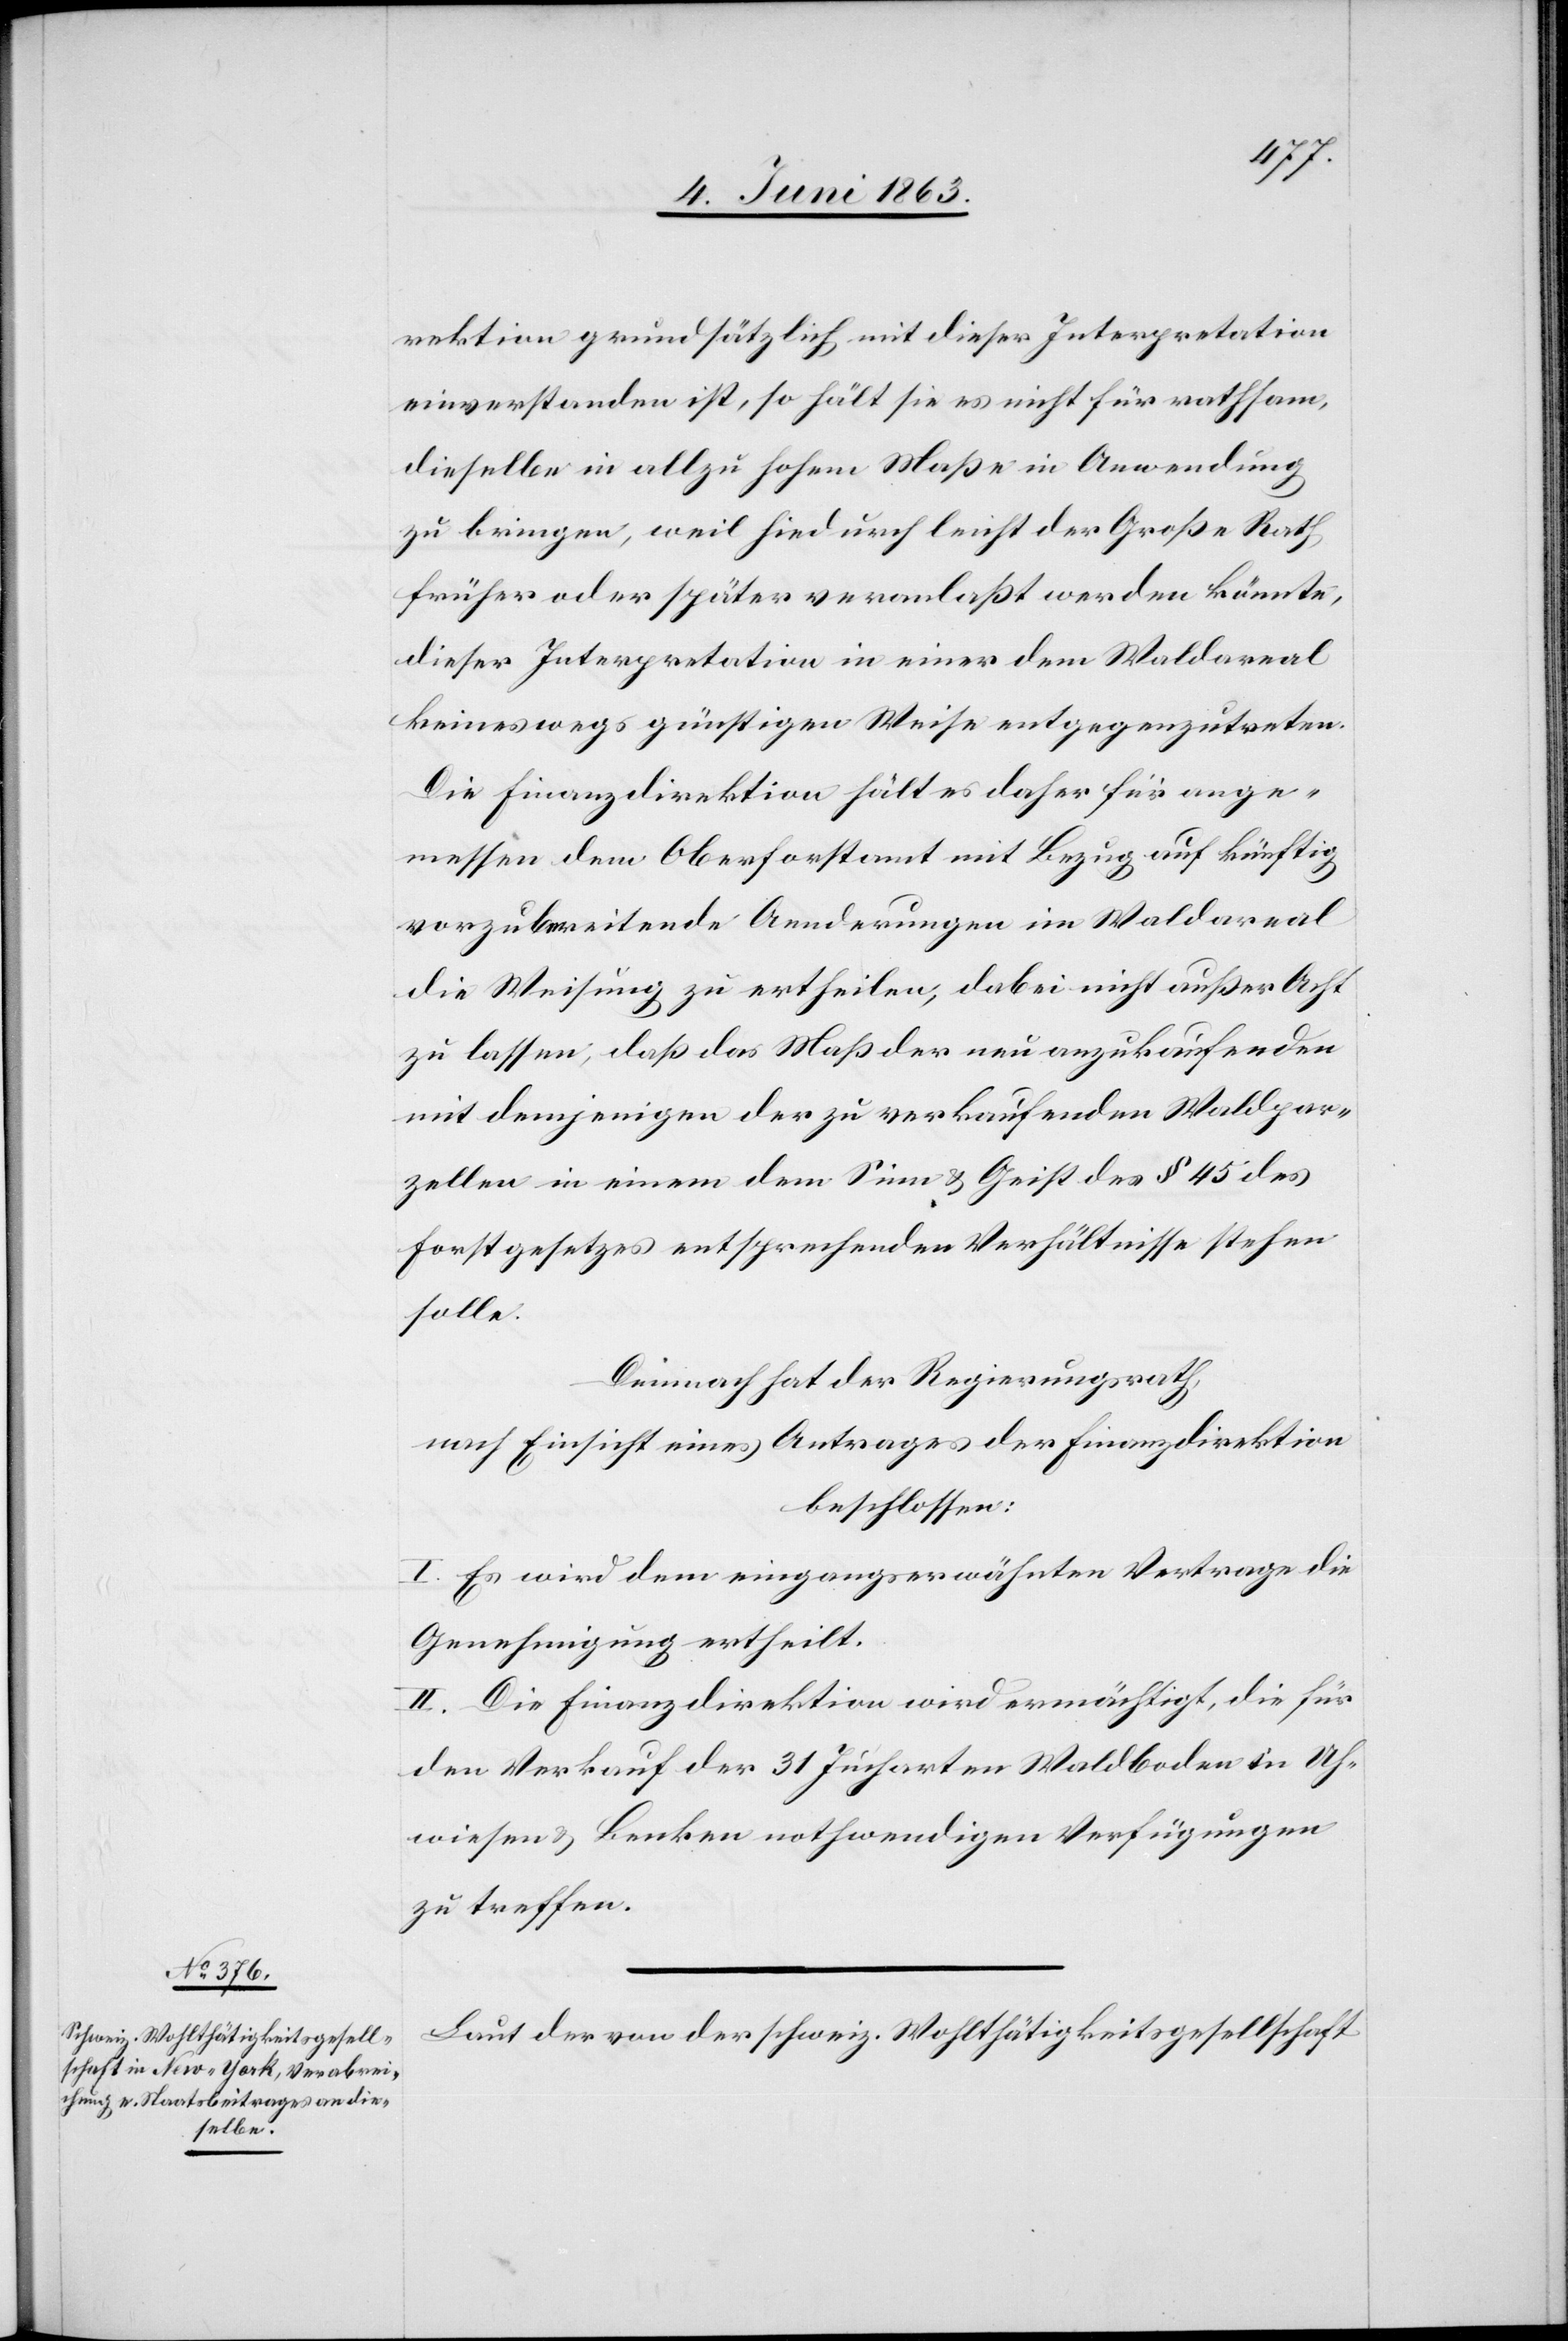
rektion grundsätzlich mit dieser Interpretation
einverstanden ist, so hält sie es nicht für rathsam,
dieselbe in allzu hohem Maße in Anwendung
zu bringen, weil hiedurch leicht der Große Rath
früher oder später veranlaßt werden könnte,
dieser Interpretation in einer dem Waldareal
keineswegs günstigen Weise entgegenzutreten.
Die Finanzdirektion hält es daher für ange¬
messen dem Oberforstamt mit Bezug auf künftig
vorzubereitende Aenderungen im Waldareal
die Weisung zu ertheilen, dabei nicht außer Acht
zu lassen, daß das Maß der neu anzukaufenden
mit demjenigen der zu verkaufenden Waldpar¬
zellen in einem dem Sinn & Geist des § 45 des
Forstgesetzes entsprechenden Verhältnisse stehen
solle.
Demnach hat der Regierungsrath,
nach Einsicht eines Antrages der Finanzdirektion
beschlossen:
I. Es wird dem eingangserwähnten Vertrage die
Genehmigung ertheilt.
II. Die Finanzdirektion wird ermächtigt, die für
den Verkauf der 31 Jucharten Waldboden in Uh¬
wiesen & Benken nothwendigen Verfügungen
zu treffen.
Laut der von der schweiz. Wohlthätigkeitsgesellschaft